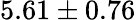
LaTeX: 5.61\pm 0.76